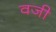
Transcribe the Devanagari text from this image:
वजी